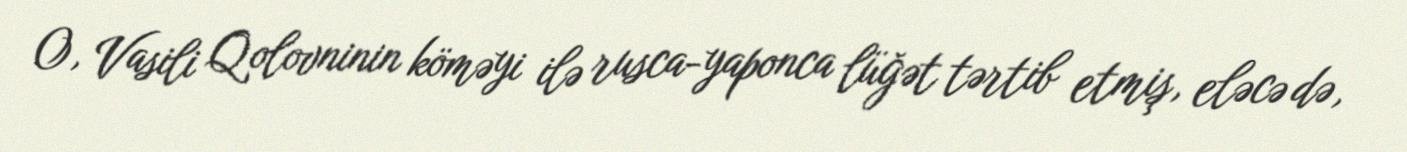
O, Vasili Qolovninin köməyi ilə rusca-yaponca lüğət tərtib etmiş, eləcə də,